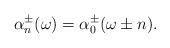
LaTeX: \begin{align*} \alpha_n^\pm(\omega)=\alpha_0^\pm(\omega\pm n).\end{align*}